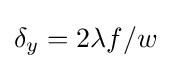
\delta _{y}=2\lambda f/w